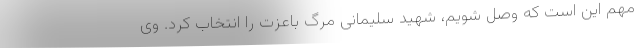
مهم این است که وصل شویم، شهید سلیمانی مرگ باعزت را انتخاب کرد. وی